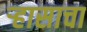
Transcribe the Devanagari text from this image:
र्‍हासाचा